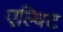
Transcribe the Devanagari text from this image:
एल्विट